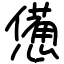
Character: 憊